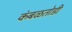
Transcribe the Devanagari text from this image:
कंबळतोडी